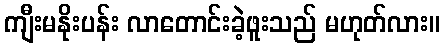
ကျီးမနိုးပန်း လာတောင်းခဲ့ဖူးသည် မဟုတ်လား။